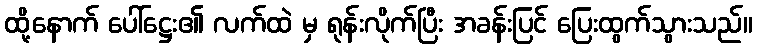
ထို့နောက် ပေါ်ဋ္ဌေး၏ လက်ထဲ မှ ရုန်းလိုက်ပြီး အခန်းပြင် ပြေးထွက်သွားသည်။